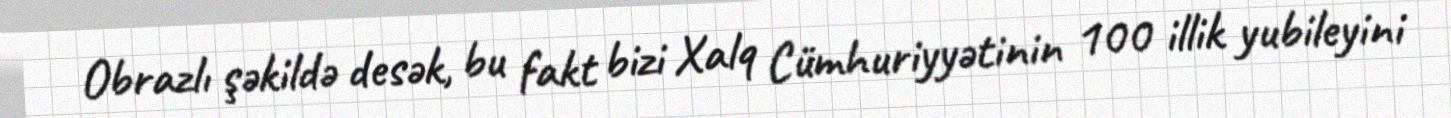
Obrazlı şəkildə desək, bu fakt bizi Xalq Cümhuriyyətinin 100 illik yubileyini